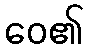
ဝေ၏